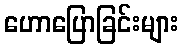
ဟောပြောခြင်းများ